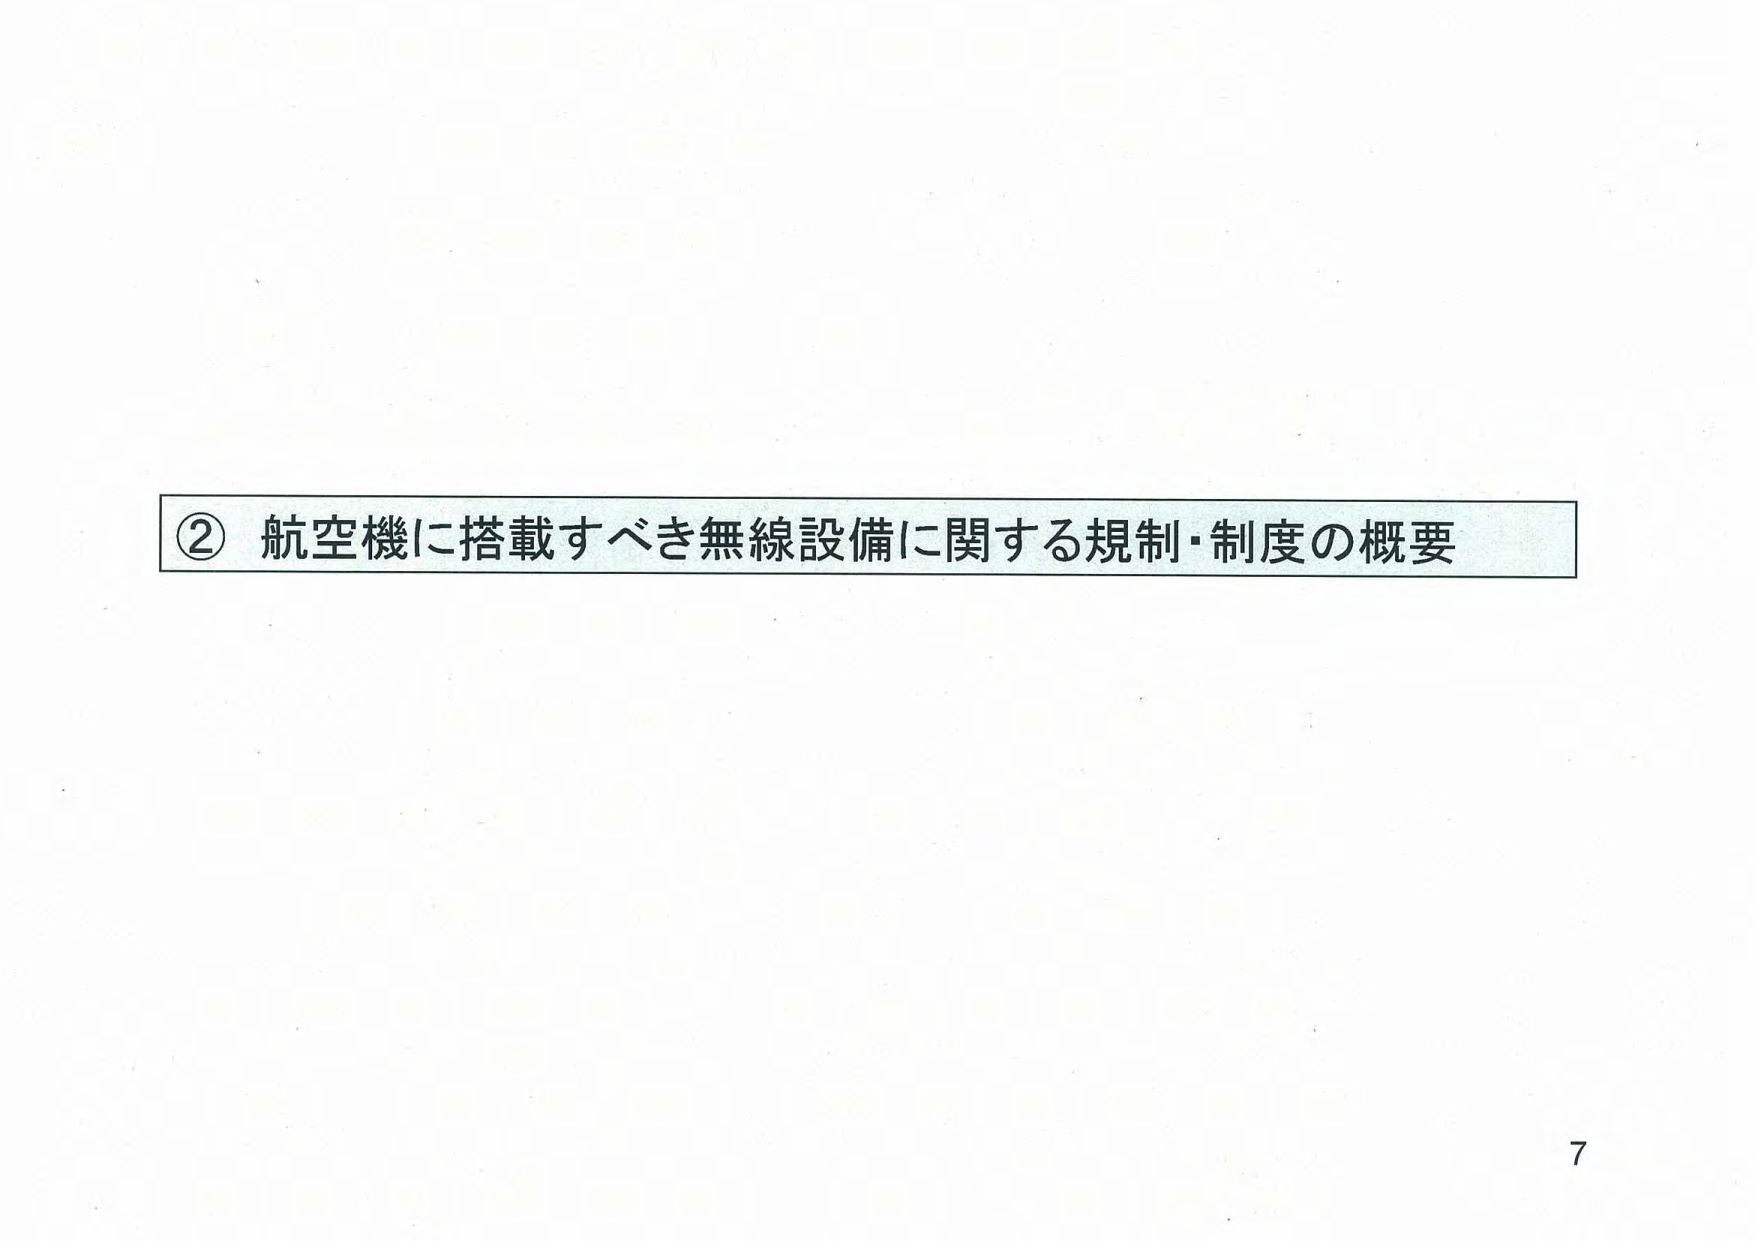
② 航空機に搭載すべき無線設備に関する規制・制度の概要

7